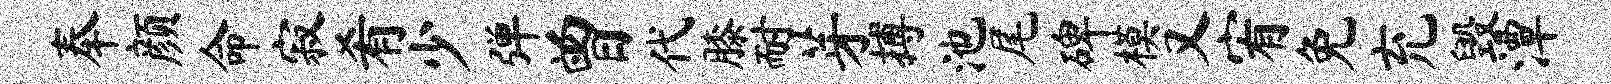
奉颜命寂肴少弹曾代膝耐芽搏池尾碑模又宥免充毁潭